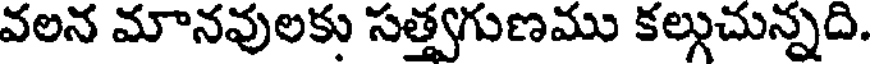
వలన మానవులకు సత్తగుణము కల్గుచున్నది.